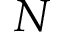
N